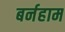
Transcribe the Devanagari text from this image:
बर्नहाम